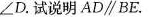
= ∠ D$$.试说明AD\parallelBE。